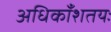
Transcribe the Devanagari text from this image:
अधिकाँशतयः